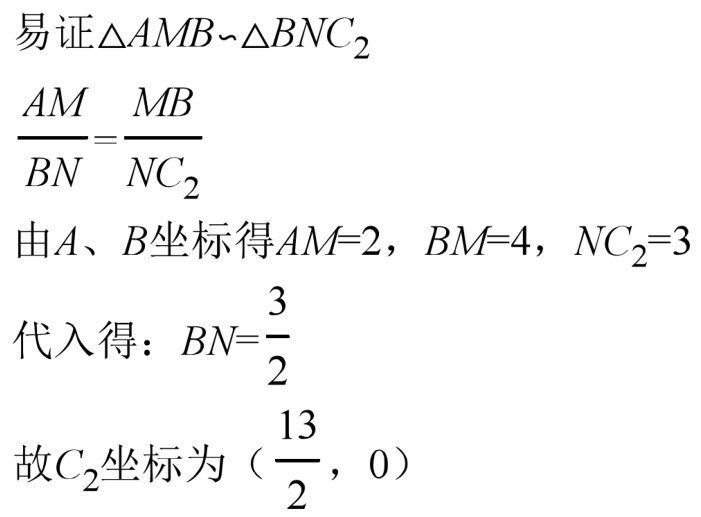
易证\(\triangle AMB\sim\triangle BNC_{2}\)
\(\frac{AM}{BN}=\frac{MB}{NC_{2}}\)
由\(A、B\)坐标得\(AM = 2\)，\(BM = 4\)，\(NC_{2}=3\)
代入得：\(BN=\frac{3}{2}\)
故\(C_{2}\)坐标为（\(\frac{13}{2},0\)）